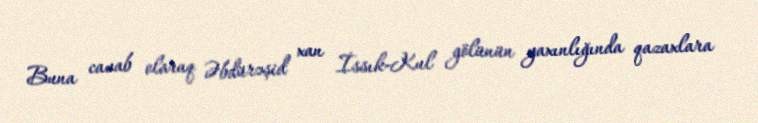
Buna cavab olaraq Əbdürəşid xan İssık-Kul gölünün yaxınlığında qazaxlara